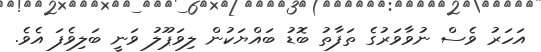
އަހަރު ވެސް ނުވާވަރުގެ ތަފާތު ބޮޑު ބައްޔަކުން ލިވަޕޫލު ވަނީ ބަލިވެފަ އެވެ.